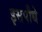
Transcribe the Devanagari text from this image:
इसपौधे